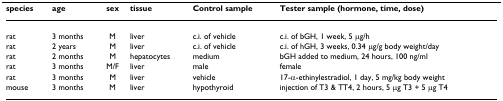
<table><thead><tr><td><b>species</b></td><td><b>age</b></td><td><b>sex</b></td><td><b>tissue</b></td><td><b>Control sample</b></td><td><b>Tester sample (hormone, time, dose)</b></td></tr></thead><tbody><tr><td>rat</td><td>3 months</td><td>M</td><td>liver</td><td>c.i. of vehicle</td><td>c.i. of bGH, 1 week, 5 μg/h</td></tr><tr><td>rat</td><td>2 years</td><td>M</td><td>liver</td><td>c.i. of vehicle</td><td>c.i. of hGH, 3 weeks, 0.34 μg/g body weight/day</td></tr><tr><td>rat</td><td>2 months</td><td>M</td><td>hepatocytes</td><td>medium</td><td>bGH added to medium, 24 hours, 100 ng/ml</td></tr><tr><td>rat</td><td>3 months</td><td>M/F</td><td>liver</td><td>male</td><td>female</td></tr><tr><td>rat</td><td>3 months</td><td>M</td><td>liver</td><td>vehicle</td><td>17-α-ethinylestradiol, 1 day, 5 mg/kg body weight</td></tr><tr><td>mouse</td><td>3 months</td><td>M</td><td>liver</td><td>hypothyroid</td><td>injection of T3 &amp; TT4, 2 hours, 5 μg T3 + 5 μg T4</td></tr></tbody></table>